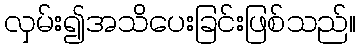
လှမ်း၍အသိပေးခြင်းဖြစ်သည်။